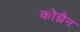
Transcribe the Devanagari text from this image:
कोच्रैन